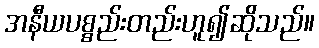
အနီယပစ္စည်းတည်းဟူ၍ဆိုသည်။